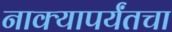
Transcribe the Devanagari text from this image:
नाक्‍यापर्यंतचा